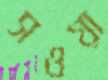
সওয়া